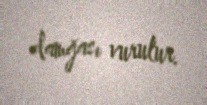
damğası vurulur.